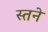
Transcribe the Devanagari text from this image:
स्तने